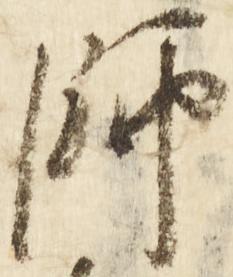
師